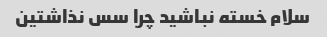
سلام خسته نباشید چرا سس نذاشتین